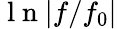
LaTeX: \mathrm{~l~n~}|f/f_{0}|